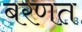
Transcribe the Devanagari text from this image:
बरणत